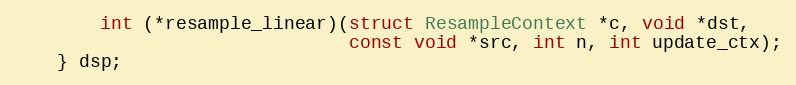
Language: C
        int (*resample_linear)(struct ResampleContext *c, void *dst,
                               const void *src, int n, int update_ctx);
    } dsp;